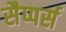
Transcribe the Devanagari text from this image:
सैप्पर्स